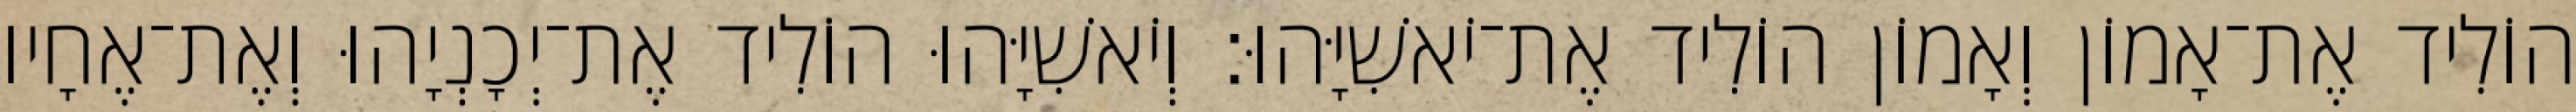
הוֹלִיד אֶת־אָמוֹן וְאָמוֹן הוֹלִיד אֶת־יֹאשִׁיָּהוּ׃ וְיֹאשִׁיָּהוּ הוֹלִיד אֶת־יְכָנְיָהוּ וְאֶת־אֶחָיו